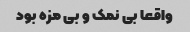
واقعا بی نمک و بی مزه بود